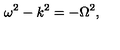
\omega ^ { 2 } - k ^ { 2 } = - \Omega ^ { 2 } ,